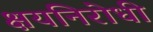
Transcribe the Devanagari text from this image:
क्षयनिरोधी